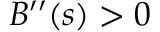
B ^ { \prime \prime } ( s ) > 0